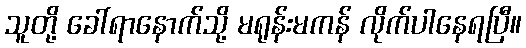
သူတို့ ခေါ်ရာနောက်သို့ မရုန်းမကန် လိုက်ပါနေရပြီ။